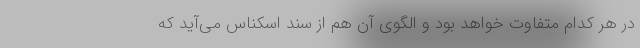
در هر کدام متفاوت خواهد بود و الگوی آن هم از سند اسکناس می‌آید که